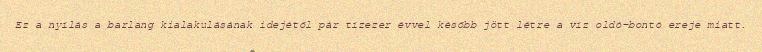
Ez a nyílás a barlang kialakulásának idejétől pár tízezer évvel később jött létre a víz oldó-bontó ereje miatt.